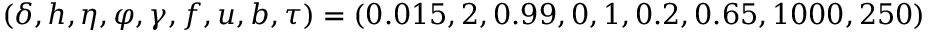
( \delta , h , \eta , \varphi , \gamma , f , u , b , \tau ) = ( 0 . 0 1 5 , 2 , 0 . 9 9 , 0 , 1 , 0 . 2 , 0 . 6 5 , 1 0 0 0 , 2 5 0 )